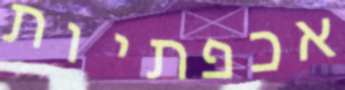
אכפתיות